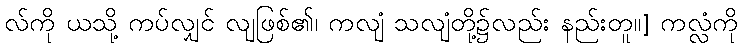
လ်ကို ယသို့ ကပ်လျှင် လျဖြစ်၏၊ ကလျံ သလျံတို့၌လည်း နည်းတူ။] ကလ္လံကို